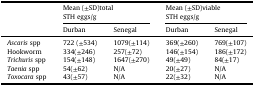
| <ROWSPAN=2>  | <COLSPAN=2> Mean (±SD)total STH eggs/g | <COLSPAN=2> Mean (±SD)viable STH eggs/g |
 | Durban | Senegal | Durban | Senegal |
 | --- | --- | --- | --- | --- |
 | Ascaris spp | 722 (±534) | 1079(±114) | 369(±260) | 769(±107) |
 | Hookworm | 334(±246) | 257(±72) | 146(±154) | 186(±172) |
 | Trichuris spp | 154(±148) | 1647(±270) | 49(±49) | 84(±17) |
 | Taenia spp | 54(±62) | N/A | 20(±27) | N/A |
 | Toxocara spp | 43(±57) | N/A | 22(±32) | N/A |